Reports on military cantonments and civil stations in the Presidency of Bombay inspected by the Sanitary Commissioner in the years 1875 and 1876
Year: 1875
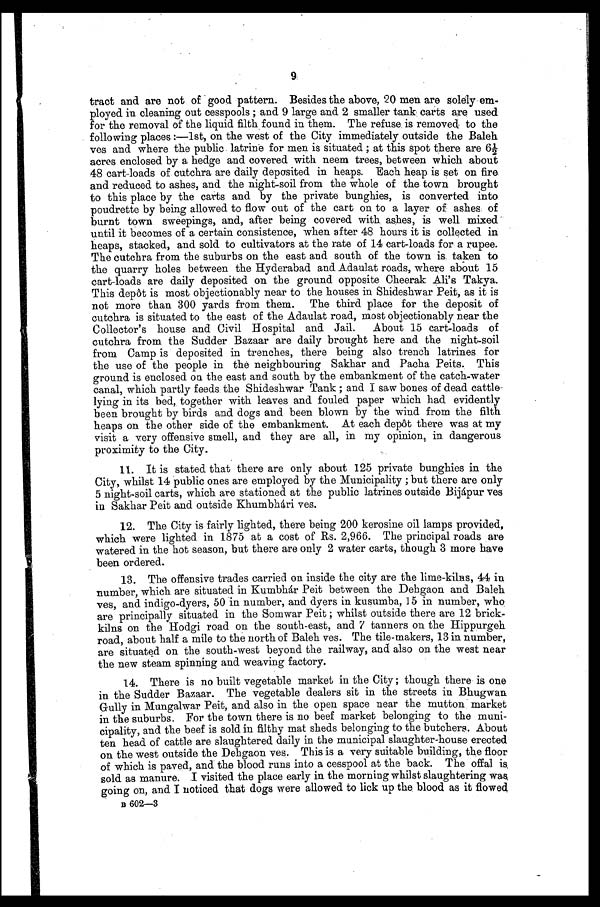
9
tract and are not of good pattern. Besides the above, 20 men are solely em-
ployed. in cleaning out cesspools; and 9 large and. 2 smaller tank carts are used
for the removal of the liquid filth found in them. The refuse . is removed to the
following places:—1st, on the west of the City immediately outside the Baleh
yes and where the public. latrine for men is situated; at this spot there are 61
acres enclosed by a hedge and covered with neem trees, between which about
48 cart-loads of cutchra are daily deposited in heaps. Each heap is set on fire.
and reduced to ashes, and the night-soil from the whole of the town brought
to this place by the carts and by the private bunghies, is converted into
poudrette by being allowed to flow out of the cart on to a layer of ashes of
burnt town sweepings, and, after being covered with ashes, is well mixed
until it becomes of a certain consistence, when after 48 hours it is collected in
heaps, stacked, and sold to cultivators at the rate of 14 cart-loads for a rupee.
The cutchra from the suburbs on the east and south of the town is. taken to
the quarry holes between the Hyderabad and. Adaulat roads, where about 15
cart-loads are daily deposited on the ground opposite Cheerak Ali's Takya.
This depot is most objectionably near to the houses in Shideshwar Peit, as it is
not more than 300 yards from them. The third place for the deposit of
cutchra is situated to the east of the Adaulat road, most objectionably near the
Collector's house and Civil Hospital and. Jail. About 15 cart-loads of
cutchra from the Sudder Bazaar are daily brought here and the night-soil
from Camp is deposited in trenches, there being also trench latrines for
the use of the people in the neighbouring Sakhar and Pacha Pelts. This
ground is enclosed on the east and south by the embankment of the catch-water
canal, which partly feeds the Shideshwar Tank; and I saw bones .of dead cattle
-lying in its bed, together with leaves and fouled paper which had evidently
been brought by birds and dogs and been blown by the wind from the filth
heaps on the other side of the embankment. At each depot there was at my
visit a very offensive smell, and they are all, in my opinion, in dangerous
proximity to the City.
11. It is stated that there are only about 125 private bunghies in the
City, whilst 14 public ones are employed by the Municipality ; but there are only
5 night-soil carts, which are stationed at the public latrines outside Bijapur yes
in Sakhar Peit and outside Khumbhari ves.
12. The City is fairly lighted, there being 200 kerosine oil lamps provided,
which were lighted in 1875 at a cost of Rs. 2,966. The principal roads are
watered in the hot season, but there are only 2 water carts, though 3 more have
been ordered.
13. The offensive trades carried on inside the city are the lime-kilns, 44 in
number, which are situated in Kumbhar Peit between the Dehgaon and Baleh
y es, and indigo-dyers, 50 in number, and. dyers in kusumba, 15 in number, who
are principally situated in the Som war Peit; whilst outside there are 12 brick
- k i l n s o n t h e H o d g i r o a d o n t h e s o u t h - e a s t , a n d 7 t a n n e r s o n t h e H i p p u r g e h
road, about half a mile to the north of Baleh ves. The tile-makers, 13 in number,
are situated on the south-west beyond the railway, and also on the west near
the new steam spinning and weaving factory.
14. There is no built vegetable market in the City ; though there is one
in the Sudder Bazaar. The vegetable dealers sit in the streets in Bhugwan
Gully in Mungalwar Peit, and also in the open space near the mutton market
in the suburbs. For the town there is no beef market belonging to the muni-
cipality, and the beef is sold in filthy mat sheds belonging to the butchers. About
ten head of cattle are slaughtered daily in the municipal slaughter-house erected
on the west outside the Dehgaon yes. This is a very suitable building, the floor
of which is paved, and the blood runs into a cesspool at the back. The offal is
sold as manure. visited the place early in the morning whilst slaughtering was
going on, and I noticed that dogs were allowed to lick up the blood as it flowed
B 602—3